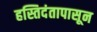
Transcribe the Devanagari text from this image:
हस्तिदंतापासून